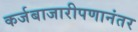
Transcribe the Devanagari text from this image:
कर्जबाजारीपणानंतर